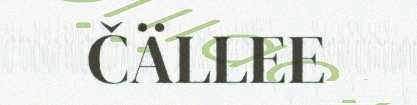
ČÄLLEE